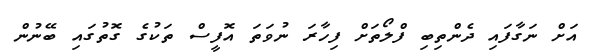
އަށް ނަގާފައި ދެންތިބި ފްލޯތަށް ފިހާރަ ނުވަތަ އޮފީސް ތަކުގެ ގޮތުގައި ބޭނުން